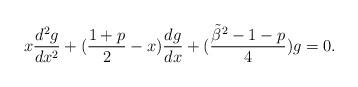
LaTeX: \begin{align*}x{d^2g\over dx^2} + ( {1+p\over 2} -x){dg\over dx} + ({{\tilde \beta}^2 -1 -p\over 4} )g = 0.\end{align*}